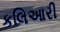
કલિઆરી